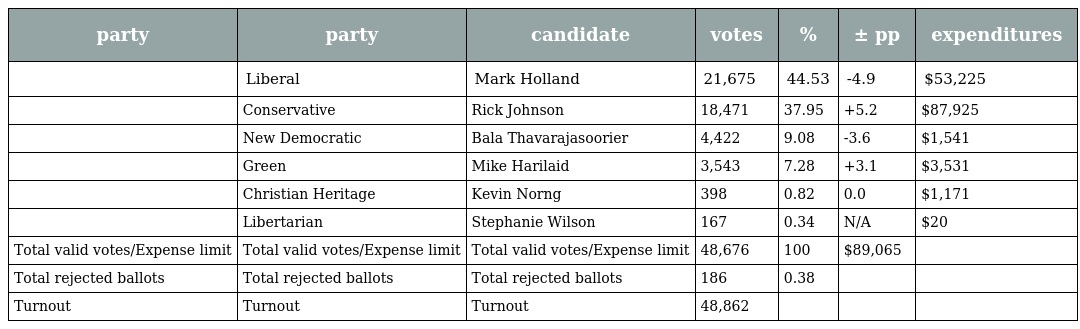
| party | party | candidate | votes | % | ± pp | expenditures |
 | --- | --- | --- | --- | --- | --- | --- |
 |  | Liberal | Mark Holland | 21,675 | 44.53 | -4.9 | $53,225 |
 |  | Conservative | Rick Johnson | 18,471 | 37.95 | +5.2 | $87,925 |
 |  | New Democratic | Bala Thavarajasoorier | 4,422 | 9.08 | -3.6 | $1,541 |
 |  | Green | Mike Harilaid | 3,543 | 7.28 | +3.1 | $3,531 |
 |  | Christian Heritage | Kevin Norng | 398 | 0.82 | 0.0 | $1,171 |
 |  | Libertarian | Stephanie Wilson | 167 | 0.34 | N/A | $20 |
 | Total valid votes/Expense limit | Total valid votes/Expense limit | Total valid votes/Expense limit | 48,676 | 100 | $89,065 |  |
 | Total rejected ballots | Total rejected ballots | Total rejected ballots | 186 | 0.38 |  |  |
 | Turnout | Turnout | Turnout | 48,862 |  |  |  |